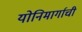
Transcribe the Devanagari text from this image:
योनिमार्गाची